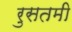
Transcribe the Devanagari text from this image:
रुसतमी